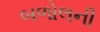
બળોલની